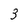
Character: 3